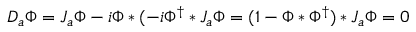
D _ { a } \Phi = J _ { a } \Phi - i \Phi * ( - i \Phi ^ { \dag } * J _ { a } \Phi = ( 1 - \Phi * \Phi ^ { \dag } ) * J _ { a } \Phi = 0